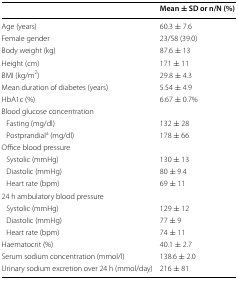
<table><thead><tr><td></td><td><b>Mean ± SD or n/N (%)</b></td></tr></thead><tbody><tr><td>Age (years)</td><td>60.3 ± 7.6</td></tr><tr><td>Female gender</td><td>23/58 (39.0)</td></tr><tr><td>Body weight (kg)</td><td>87.6 ± 13</td></tr><tr><td>Height (cm)</td><td>171 ± 11</td></tr><tr><td>BMI (kg/m<sup>2</sup>)</td><td>29.8 ± 4.3</td></tr><tr><td>Mean duration of diabetes (years)</td><td>5.54 ± 4.9</td></tr><tr><td>HbA1c (%)</td><td>6.67 ± 0.7%</td></tr><tr><td colspan="2">Blood glucose concentration</td></tr><tr><td> Fasting (mg/dl)</td><td>132 ± 28</td></tr><tr><td> Postprandial<sup>a</sup> (mg/dl)</td><td>178 ± 66</td></tr><tr><td colspan="2">Office blood pressure</td></tr><tr><td> Systolic (mmHg)</td><td>130 ± 13</td></tr><tr><td> Diastolic (mmHg)</td><td>80 ± 9.4</td></tr><tr><td> Heart rate (bpm)</td><td>69 ± 11</td></tr><tr><td colspan="2">24 h ambulatory blood pressure</td></tr><tr><td> Systolic (mmHg)</td><td>129 ± 12</td></tr><tr><td> Diastolic (mmHg)</td><td>77 ± 9</td></tr><tr><td> Heart rate (bpm)</td><td>74 ± 11</td></tr><tr><td>Haematocrit (%)</td><td>40.1 ± 2.7</td></tr><tr><td>Serum sodium concentration (mmol/l)</td><td>138.6 ± 2.0</td></tr><tr><td>Urinary sodium excretion over 24 h (mmol/day)</td><td>216 ± 81</td></tr></tbody></table>